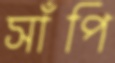
সাঁপি